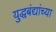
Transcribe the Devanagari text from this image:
युद्धबंद्यांच्या